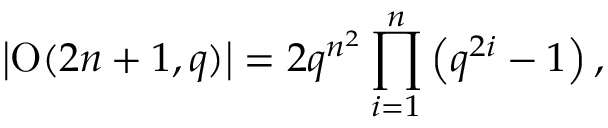
\left| \operatorname { O } ( 2 n + 1 , q ) \right| = 2 q ^ { n ^ { 2 } } \prod _ { i = 1 } ^ { n } \left( q ^ { 2 i } - 1 \right) ,